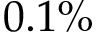
0 . 1 \%